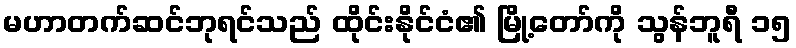
မဟာတက်ဆင်ဘုရင်သည် ထိုင်းနိုင်ငံ၏ မြို့တော်ကို သွန်ဘူရီ ၁၅